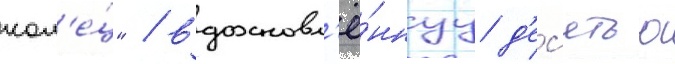
кол'е́ц" / вдохновл'ё́ннуу д'ес'ятью